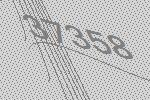
37358